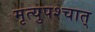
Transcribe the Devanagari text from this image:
मृत्युपश्चात्‌